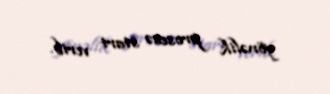
yönəlik prosesə start verib.